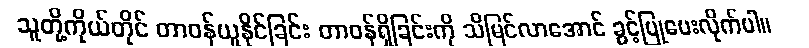
သူတို့ကိုယ်တိုင် တာဝန်ယူနိုင်ခြင်း တာဝန်ရှိခြင်းကို သိမြင်လာအောင် ခွင့်ပြုပေးလိုက်ပါ။